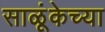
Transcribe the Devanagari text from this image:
साळूंकेच्या